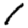
Digit: 1